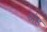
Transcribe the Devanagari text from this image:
अंह